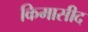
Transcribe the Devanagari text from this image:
किमासीद